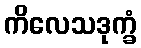
ကိလေသဒုက္ခံ